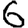
Digit: 6